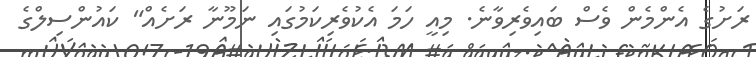
ރަށުގެ އެންމެން ވެސް ބައިވެރިވާނެ. މިއީ ހަމަ އެކުވެރިކަމުގައި ނަމޫނާ ރަށެއް" ކައުންސިލްގެ